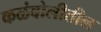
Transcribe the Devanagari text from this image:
कळंबोलीतील